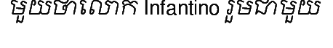
មួយថាលោក Infantino រួមជាមួយ